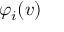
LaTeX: \varphi _ { i } ( v )